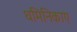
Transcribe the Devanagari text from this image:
धमिनिकाए